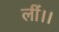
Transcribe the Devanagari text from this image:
लीं।।